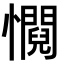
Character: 㦦